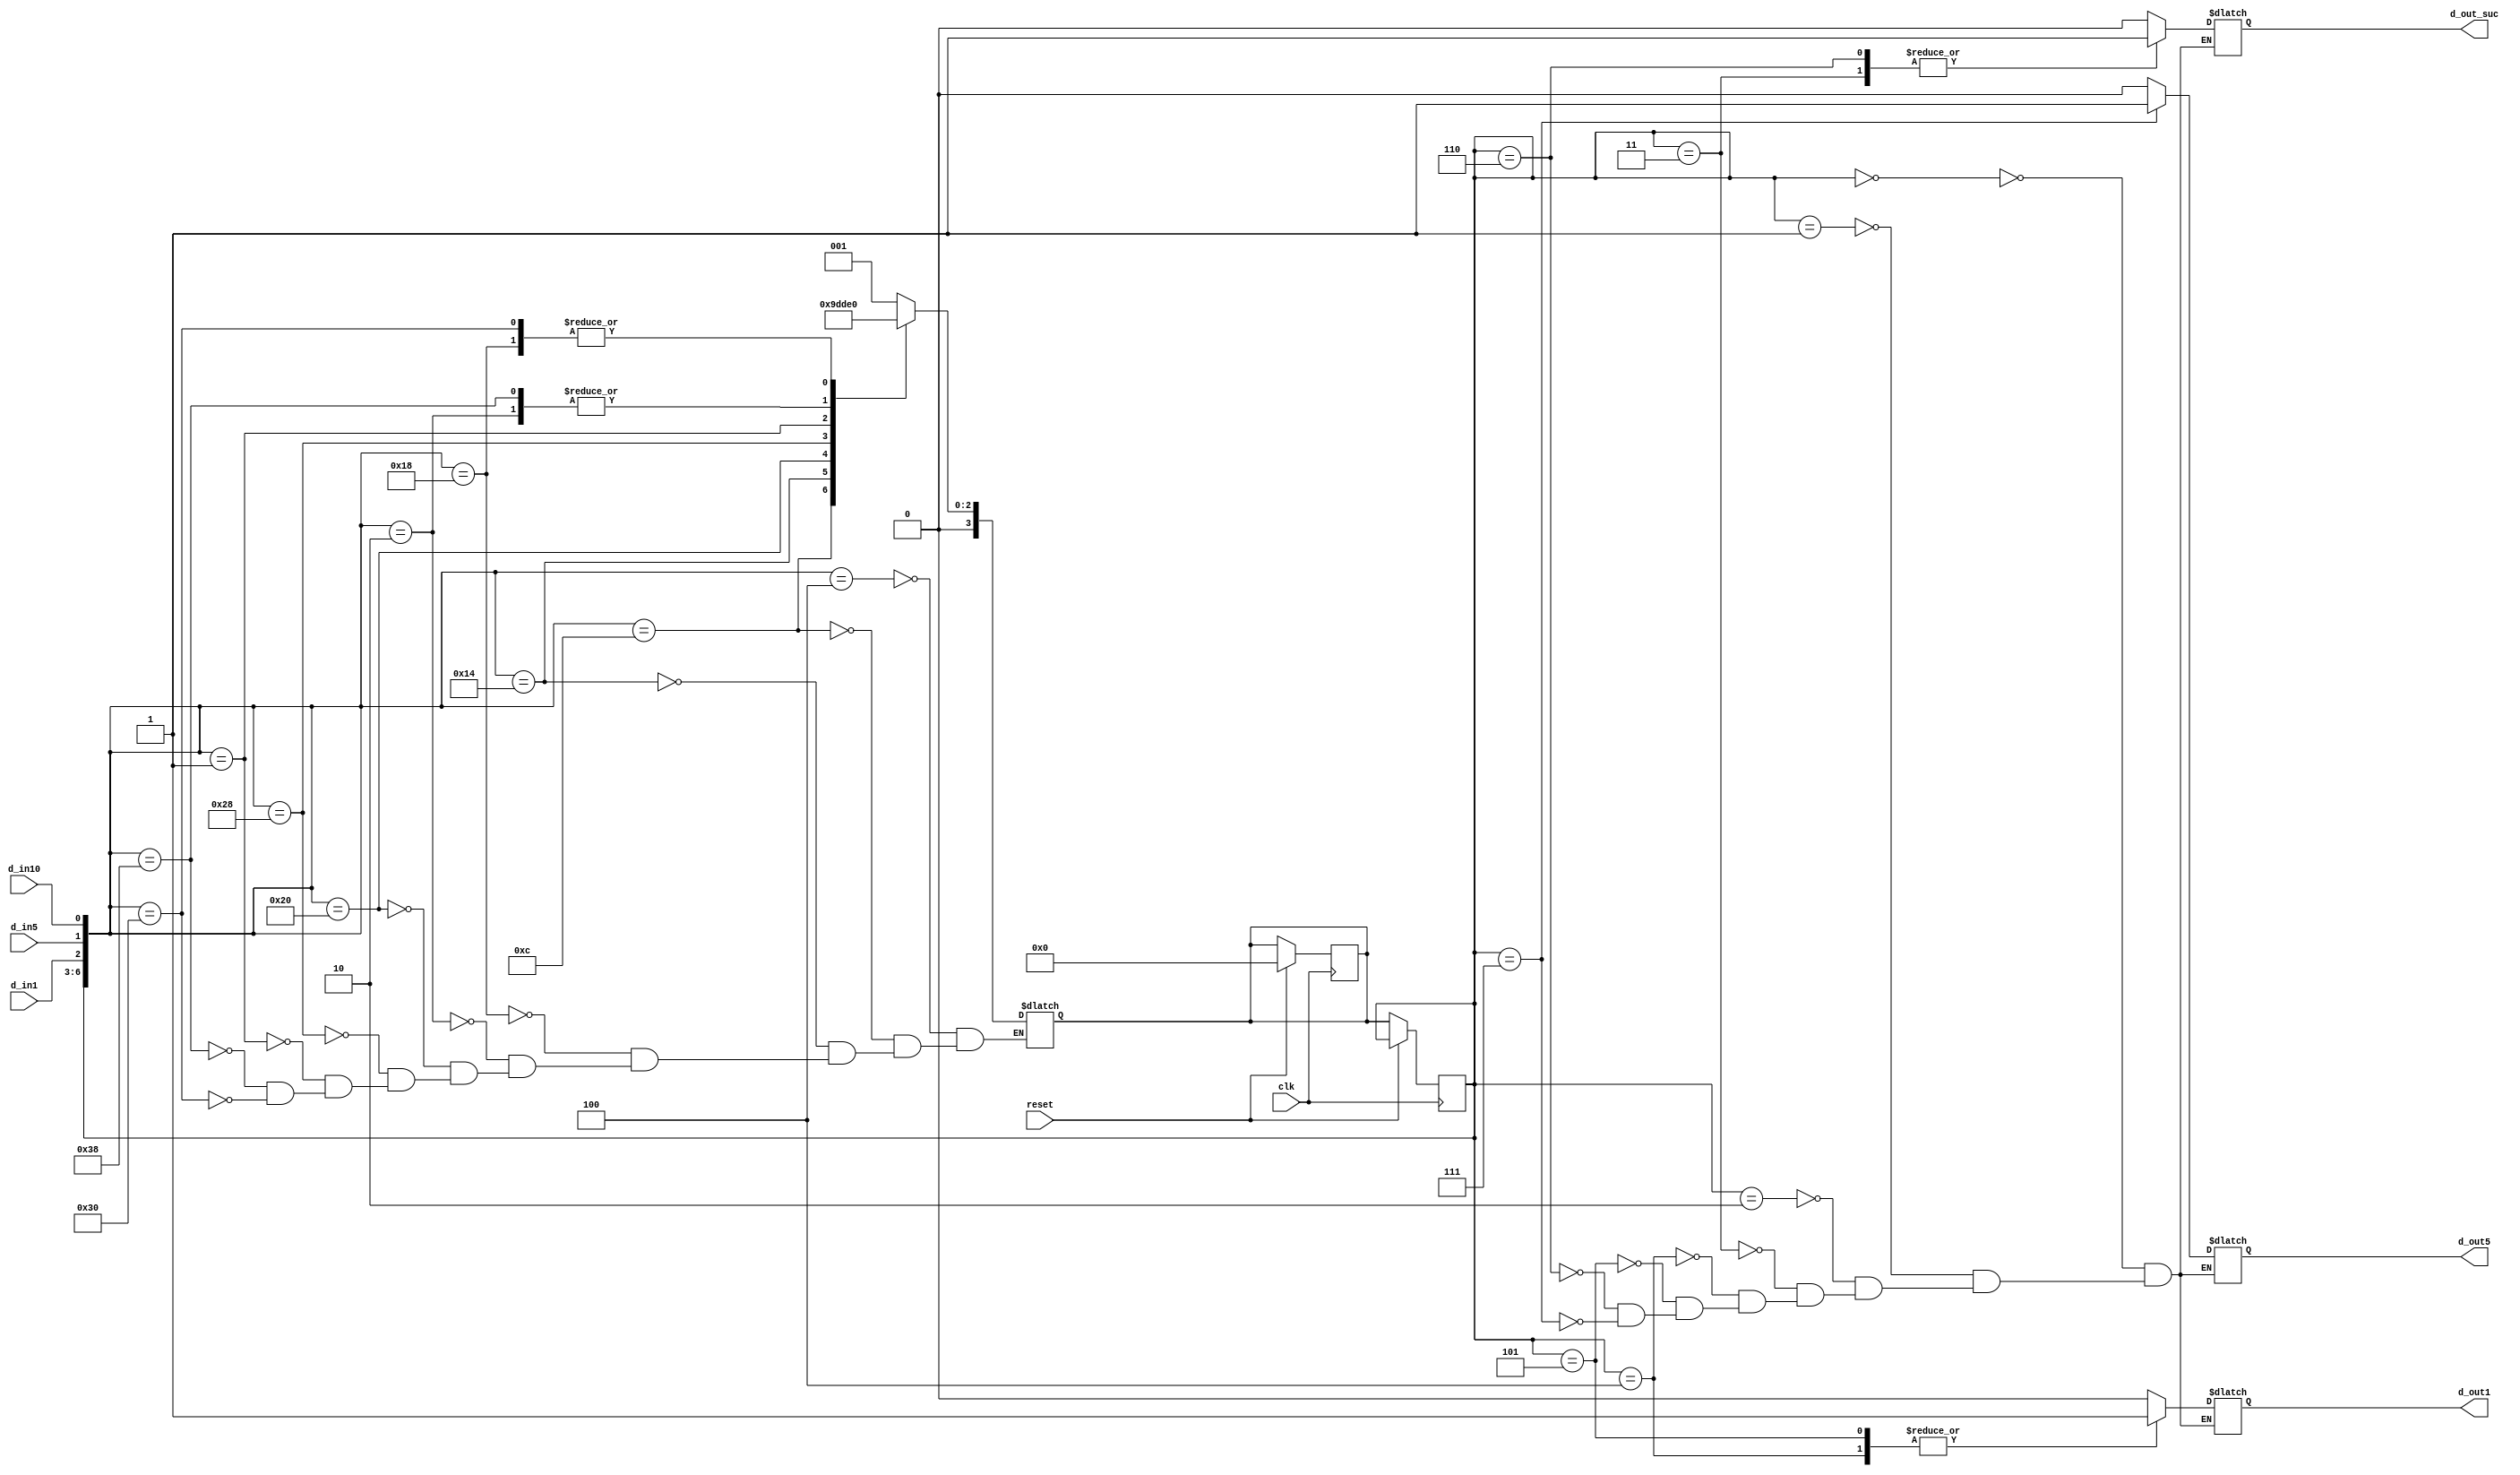
`timescale 1ns / 1ps
//////////////////////////////////////////////////////////////////////////////////
// Company: 
// Engineer: 
// 
// Design Name: 
// Module Name: fsm
// Project Name: 
// Target Devices: 
// Tool Versions: 
// Description: 
// 
// Dependencies: 
// 
// Revision:
// Revision 0.01 - File Created
// Additional Comments:
// 
//////////////////////////////////////////////////////////////////////////////////


module fsm(input clk, reset, d_in1, d_in5, d_in10,
output reg d_out_suc, d_out1, d_out5);
reg [3:0] starea_curenta, starea_urmatoare;
// Logica secventiala
always @(posedge clk) begin
    if (reset)
        starea_urmatoare <= 0;
    else
        starea_curenta <= starea_urmatoare;
end
// Logica starii urmatoare
always @(d_in1, d_in5, d_in10, starea_curenta) begin
    case ({starea_curenta, d_in1, d_in5, d_in10})
        6'b000_100: starea_urmatoare <= 1; // S0->S1
        6'b001_100: starea_urmatoare <= 2; // S1->S2
        6'b010_100: starea_urmatoare <= 3; // S2->S3
        6'b011_000: starea_urmatoare <= 0; // S2->S3
        6'b000_010: starea_urmatoare <= 4; // S0->S4
        6'b100_000: starea_urmatoare <= 5; // S4->S5
        6'b101_000: starea_urmatoare <= 6; // S5->S6
        6'b000_001: starea_urmatoare <= 7; // S0->S7
        6'b111_000: starea_urmatoare <= 4; // S7->S4
        6'b110_000: starea_urmatoare <= 0; // S6->S0
        default: starea_urmatoare <= starea_urmatoare;
    endcase
end
// Logica output
always @(starea_curenta) begin
    case (starea_curenta)
        // starea S0
        4'b000:
            begin
                d_out1 <= 0;
                d_out5 <= 0;
                d_out_suc <= 0;
            end
        // starea S1
        4'b001:
            begin
                d_out1 <= 0;
                d_out5 <= 0;
                d_out_suc <= 0;
            end
        // starea S2
        4'b010:
            begin
                d_out1 <= 0;
                d_out5 <= 0;
                d_out_suc <= 0;
            end
        // starea S3
        4'b011:
            begin
                d_out1 <= 0;
                d_out5 <= 0;
                d_out_suc <= 1;
            end
        // starea S4
        4'b100:
            begin
                d_out1 <= 1;
                d_out5 <= 0;
                d_out_suc <= 0;
            end
        // starea S5
        4'b101:
            begin
                d_out1 <= 1;
                d_out5 <= 0;
                d_out_suc <= 0;
            end
        // starea S6
        4'b110:
            begin
                d_out1 <= 0;
                d_out5 <= 0;
                d_out_suc <= 1;
            end
        // starea S7
        4'b111:
            begin
                d_out1 <= 0;
                d_out5 <= 1;
                d_out_suc <= 0;
            end
    endcase
end
endmodule